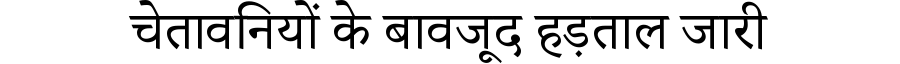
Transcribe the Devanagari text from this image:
चेतावनियों के बावजूद हड़ताल जारी